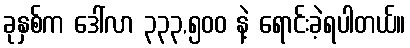
ခုနှစ်က ဒေါ်လာ ၃၃၃,၅၀၀ နဲ့ ရောင်းခဲ့ရပါတယ်။